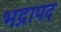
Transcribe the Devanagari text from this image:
भद्रापद